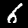
Digit: 6